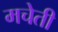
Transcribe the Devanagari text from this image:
मचेती